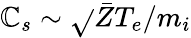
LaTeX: \mathbb{C}_{s}\sim\sqrt{}{{\bar{{Z}}T_{e}/m_{i}}}